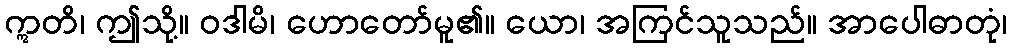
ဣတိ၊ ဤသို့။ ဝဒါမိ၊ ဟောတော်မူ၏။ ယော၊ အကြင်သူသည်။ အာပေါဓာတုံ၊